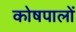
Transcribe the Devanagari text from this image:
कोषपालों